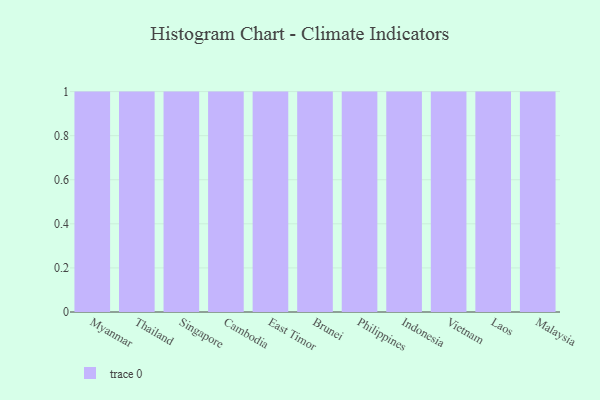
{"axis": {"x": "Country", "y": "Satisfaction Score"}, "legend": [""], "data": [{"x": "Myanmar", "y": 37, "type": ""}, {"x": "Thailand", "y": 21, "type": ""}, {"x": "Singapore", "y": 33, "type": ""}, {"x": "Cambodia", "y": 73, "type": ""}, {"x": "East Timor", "y": 91, "type": ""}, {"x": "Brunei", "y": 16, "type": ""}, {"x": "Philippines", "y": 16, "type": ""}, {"x": "Indonesia", "y": 73, "type": ""}, {"x": "Vietnam", "y": 83, "type": ""}, {"x": "Laos", "y": 3, "type": ""}, {"x": "Malaysia", "y": 45, "type": ""}]}